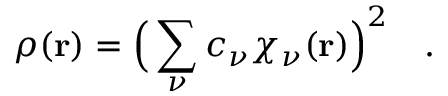
\rho ( \mathbf { r } ) = \Big ( \sum _ { \nu } c _ { \nu } \chi _ { \nu } ( \mathbf { r } ) \Big ) ^ { 2 } \quad .